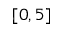
[ 0 , 5 ]